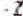
-2